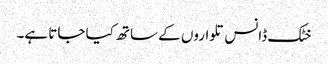
خٹک ڈانس تلواروں کے ساتھ کیا جاتا ہے۔